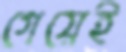
গেয়েই